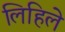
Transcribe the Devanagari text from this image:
लिहिलेे